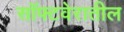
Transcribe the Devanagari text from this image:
सॉफ्टवेरातील